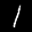
Label: 1